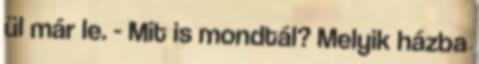
ül már le. - Mit is mondtál? Melyik házba